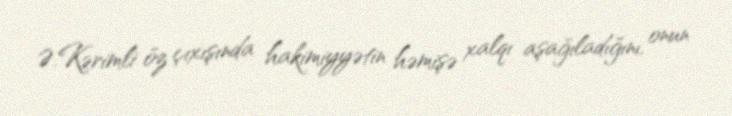
Ə.Kərimli öz çıxışında hakimiyyətin həmişə xalqı aşağıladığını, onun